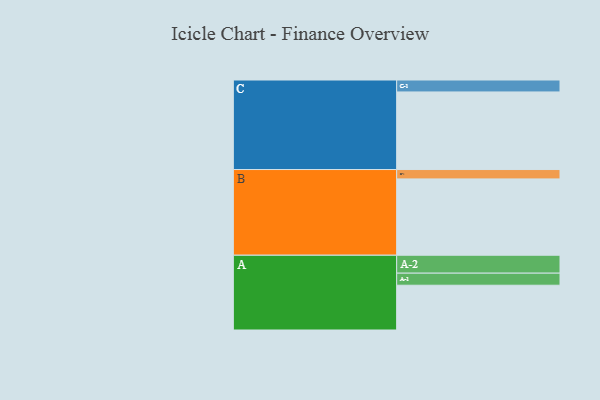
{"axis": {"x": "Segment", "y": "Value"}, "legend": ["", "A", "B", "C"], "data": [{"x": "A", "y": 315, "type": ""}, {"x": "B", "y": 537, "type": ""}, {"x": "C", "y": 546, "type": ""}, {"x": "A-1", "y": 85, "type": "A"}, {"x": "A-2", "y": 126, "type": "A"}, {"x": "B-1", "y": 66, "type": "B"}, {"x": "C-1", "y": 84, "type": "C"}]}